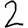
Digit: 2